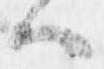
ハ